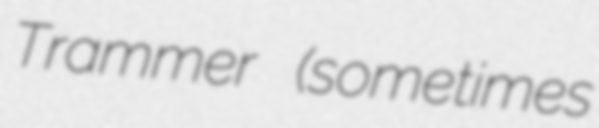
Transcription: Trammer (sometimes